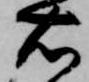
右